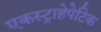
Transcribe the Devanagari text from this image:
एकस्ट्राहेपेटिक